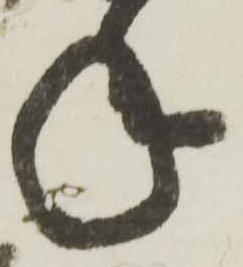
年